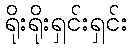
ရိုးရိုးရှင်းရှင်း